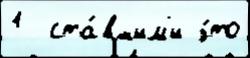
1  ста́вшим'и э́то